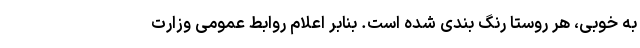
به خوبی، هر روستا رنگ بندی شده است. بنابر اعلام روابط عمومی وزارت